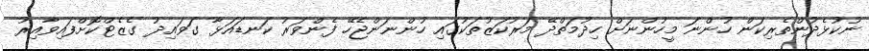
ނުކުޅެދުންތެރިކަން ހުންނަ މީހުންނަށް ހިދުމަތްދޭ މަރުކަޒުތަކުގައި ހުންނަންޖެހޭ ފެންވަރު ކަނޑައަޅާ ގަވައިދު ގެޒެޓްކޮށްފައިވާއިރު